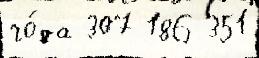
го́да 307 186 351